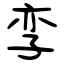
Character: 孪